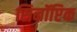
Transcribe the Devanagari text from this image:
सिनॉप्टिक